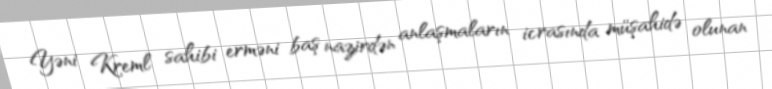
Yəni Kreml sahibi erməni baş nazirdən anlaşmaların icrasında müşahidə olunan